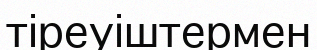
тіреуіштермен